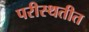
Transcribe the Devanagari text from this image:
परीस्थतीत